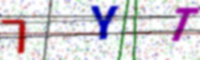
Text: 7YT